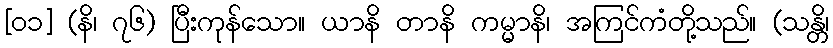
[၀၁] (နိ၊ ၇၆) ပြီးကုန်သော။ ယာနိ တာနိ ကမ္မာနိ၊ အကြင်ကံတို့သည်။ (သန္တိ၊